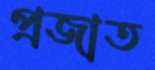
প্রজাত